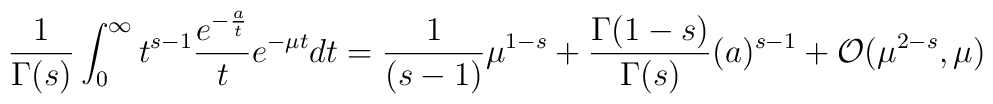
{1\over{\Gamma(s)}}\int_0^{\infty} t^{s-1}{{e^{-{a\over t}}}\over t} e^{-\mu t}dt= {1\over{(s-1)}}\mu^{1-s} + {{\Gamma(1-s)}\over {\Gamma(s)}}({a})^{s-1} +{\cal O} (\mu^{2-s},\mu)